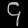
Digit: ၄